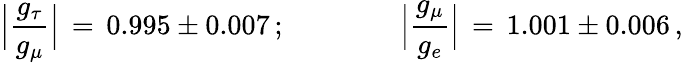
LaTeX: \Big\vert{\frac{g_{\tau}}{g_{\mu}}}\Big\vert\, =\, 0.995\pm 0.007\, ;\qquad\qquad\Big\vert{\frac{g_{\mu}}{g_{e}}}\Big\vert\, =\, 1.001\pm 0.006\, ,